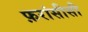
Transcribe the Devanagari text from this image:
फ़रांसीसी